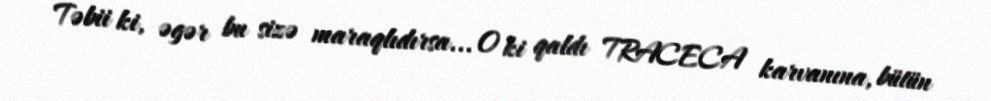
Təbii ki, əgər bu sizə maraqlıdırsa... O ki qaldı TRACECA karvanına, bütün